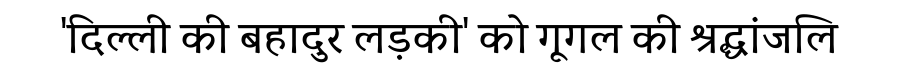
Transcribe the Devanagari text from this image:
'दिल्ली की बहादुर लड़की' को गूगल की श्रद्धांजलि